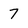
Character: 7